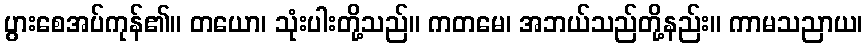
ပွားစေအပ်ကုန်၏။ တယော၊ သုံးပါးတို့သည်။ ကတမေ၊ အဘယ်သည်တို့နည်း။ ကာမသညာယ၊